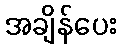
အချိန်ပေး